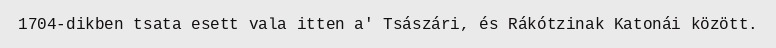
1704-dikben tsata esett vala itten a' Tsászári, és Rákótzinak Katonái között.